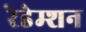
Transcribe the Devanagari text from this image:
रेडेम्शन